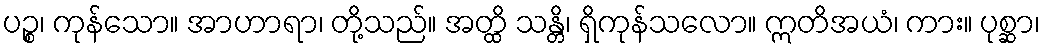
ပဉ္စ၊ ကုန်သော။ အာဟာရာ၊ တို့သည်။ အတ္ထိ သန္တိ၊ ရှိကုန်သလော။ ဣတိအယံ၊ ကား။ ပုစ္ဆာ၊